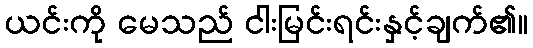
ယင်းကို မေသည် ငါးမြင်းရင်းနှင့်ချက်၏။